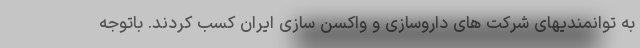
به توانمندیهای شرکت های داروسازی و واکسن سازی ایران کسب کردند. باتوجه